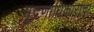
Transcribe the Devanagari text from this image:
मुद्रणाधिकाराचा